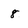
Character: 8